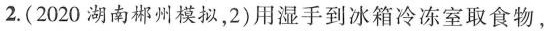
2.（2020湖南郴州模拟，2）用湿手到冰箱冷冻室取食物，